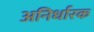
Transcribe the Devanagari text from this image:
अनिर्धारक